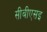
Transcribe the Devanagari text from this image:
सीबीएसइ